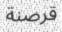
قرصنة